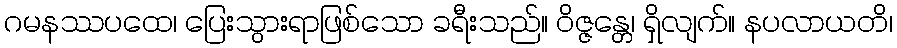
ဂမနဿပထေ၊ ပြေးသွားရာဖြစ်သော ခရီးသည်။ ဝိဇ္ဇန္တေ၊ ရှိလျက်။ နပလာယတိ၊